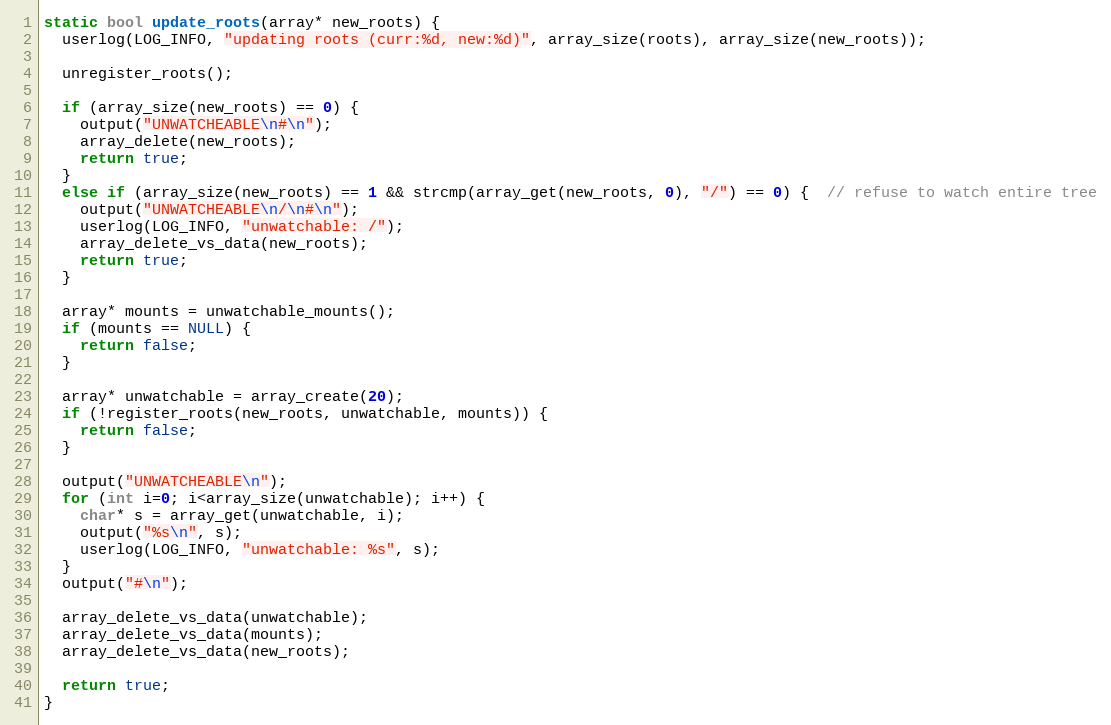
Language: C
static bool update_roots(array* new_roots) {
  userlog(LOG_INFO, "updating roots (curr:%d, new:%d)", array_size(roots), array_size(new_roots));

  unregister_roots();

  if (array_size(new_roots) == 0) {
    output("UNWATCHEABLE\n#\n");
    array_delete(new_roots);
    return true;
  }
  else if (array_size(new_roots) == 1 && strcmp(array_get(new_roots, 0), "/") == 0) {  // refuse to watch entire tree
    output("UNWATCHEABLE\n/\n#\n");
    userlog(LOG_INFO, "unwatchable: /");
    array_delete_vs_data(new_roots);
    return true;
  }

  array* mounts = unwatchable_mounts();
  if (mounts == NULL) {
    return false;
  }

  array* unwatchable = array_create(20);
  if (!register_roots(new_roots, unwatchable, mounts)) {
    return false;
  }

  output("UNWATCHEABLE\n");
  for (int i=0; i<array_size(unwatchable); i++) {
    char* s = array_get(unwatchable, i);
    output("%s\n", s);
    userlog(LOG_INFO, "unwatchable: %s", s);
  }
  output("#\n");

  array_delete_vs_data(unwatchable);
  array_delete_vs_data(mounts);
  array_delete_vs_data(new_roots);

  return true;
}